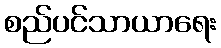
စည်ပင်သာယာရေး